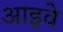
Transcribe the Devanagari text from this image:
आइवे